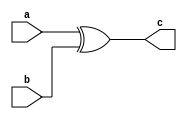
//This is for XOR logic.
module xor_logic(a, b, c);
input a,b;
output c;
assign c = a ^ b;
endmodule